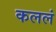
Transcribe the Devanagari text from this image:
कललं